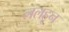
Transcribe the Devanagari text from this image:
ललहून